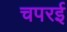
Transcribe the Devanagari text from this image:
चपरई